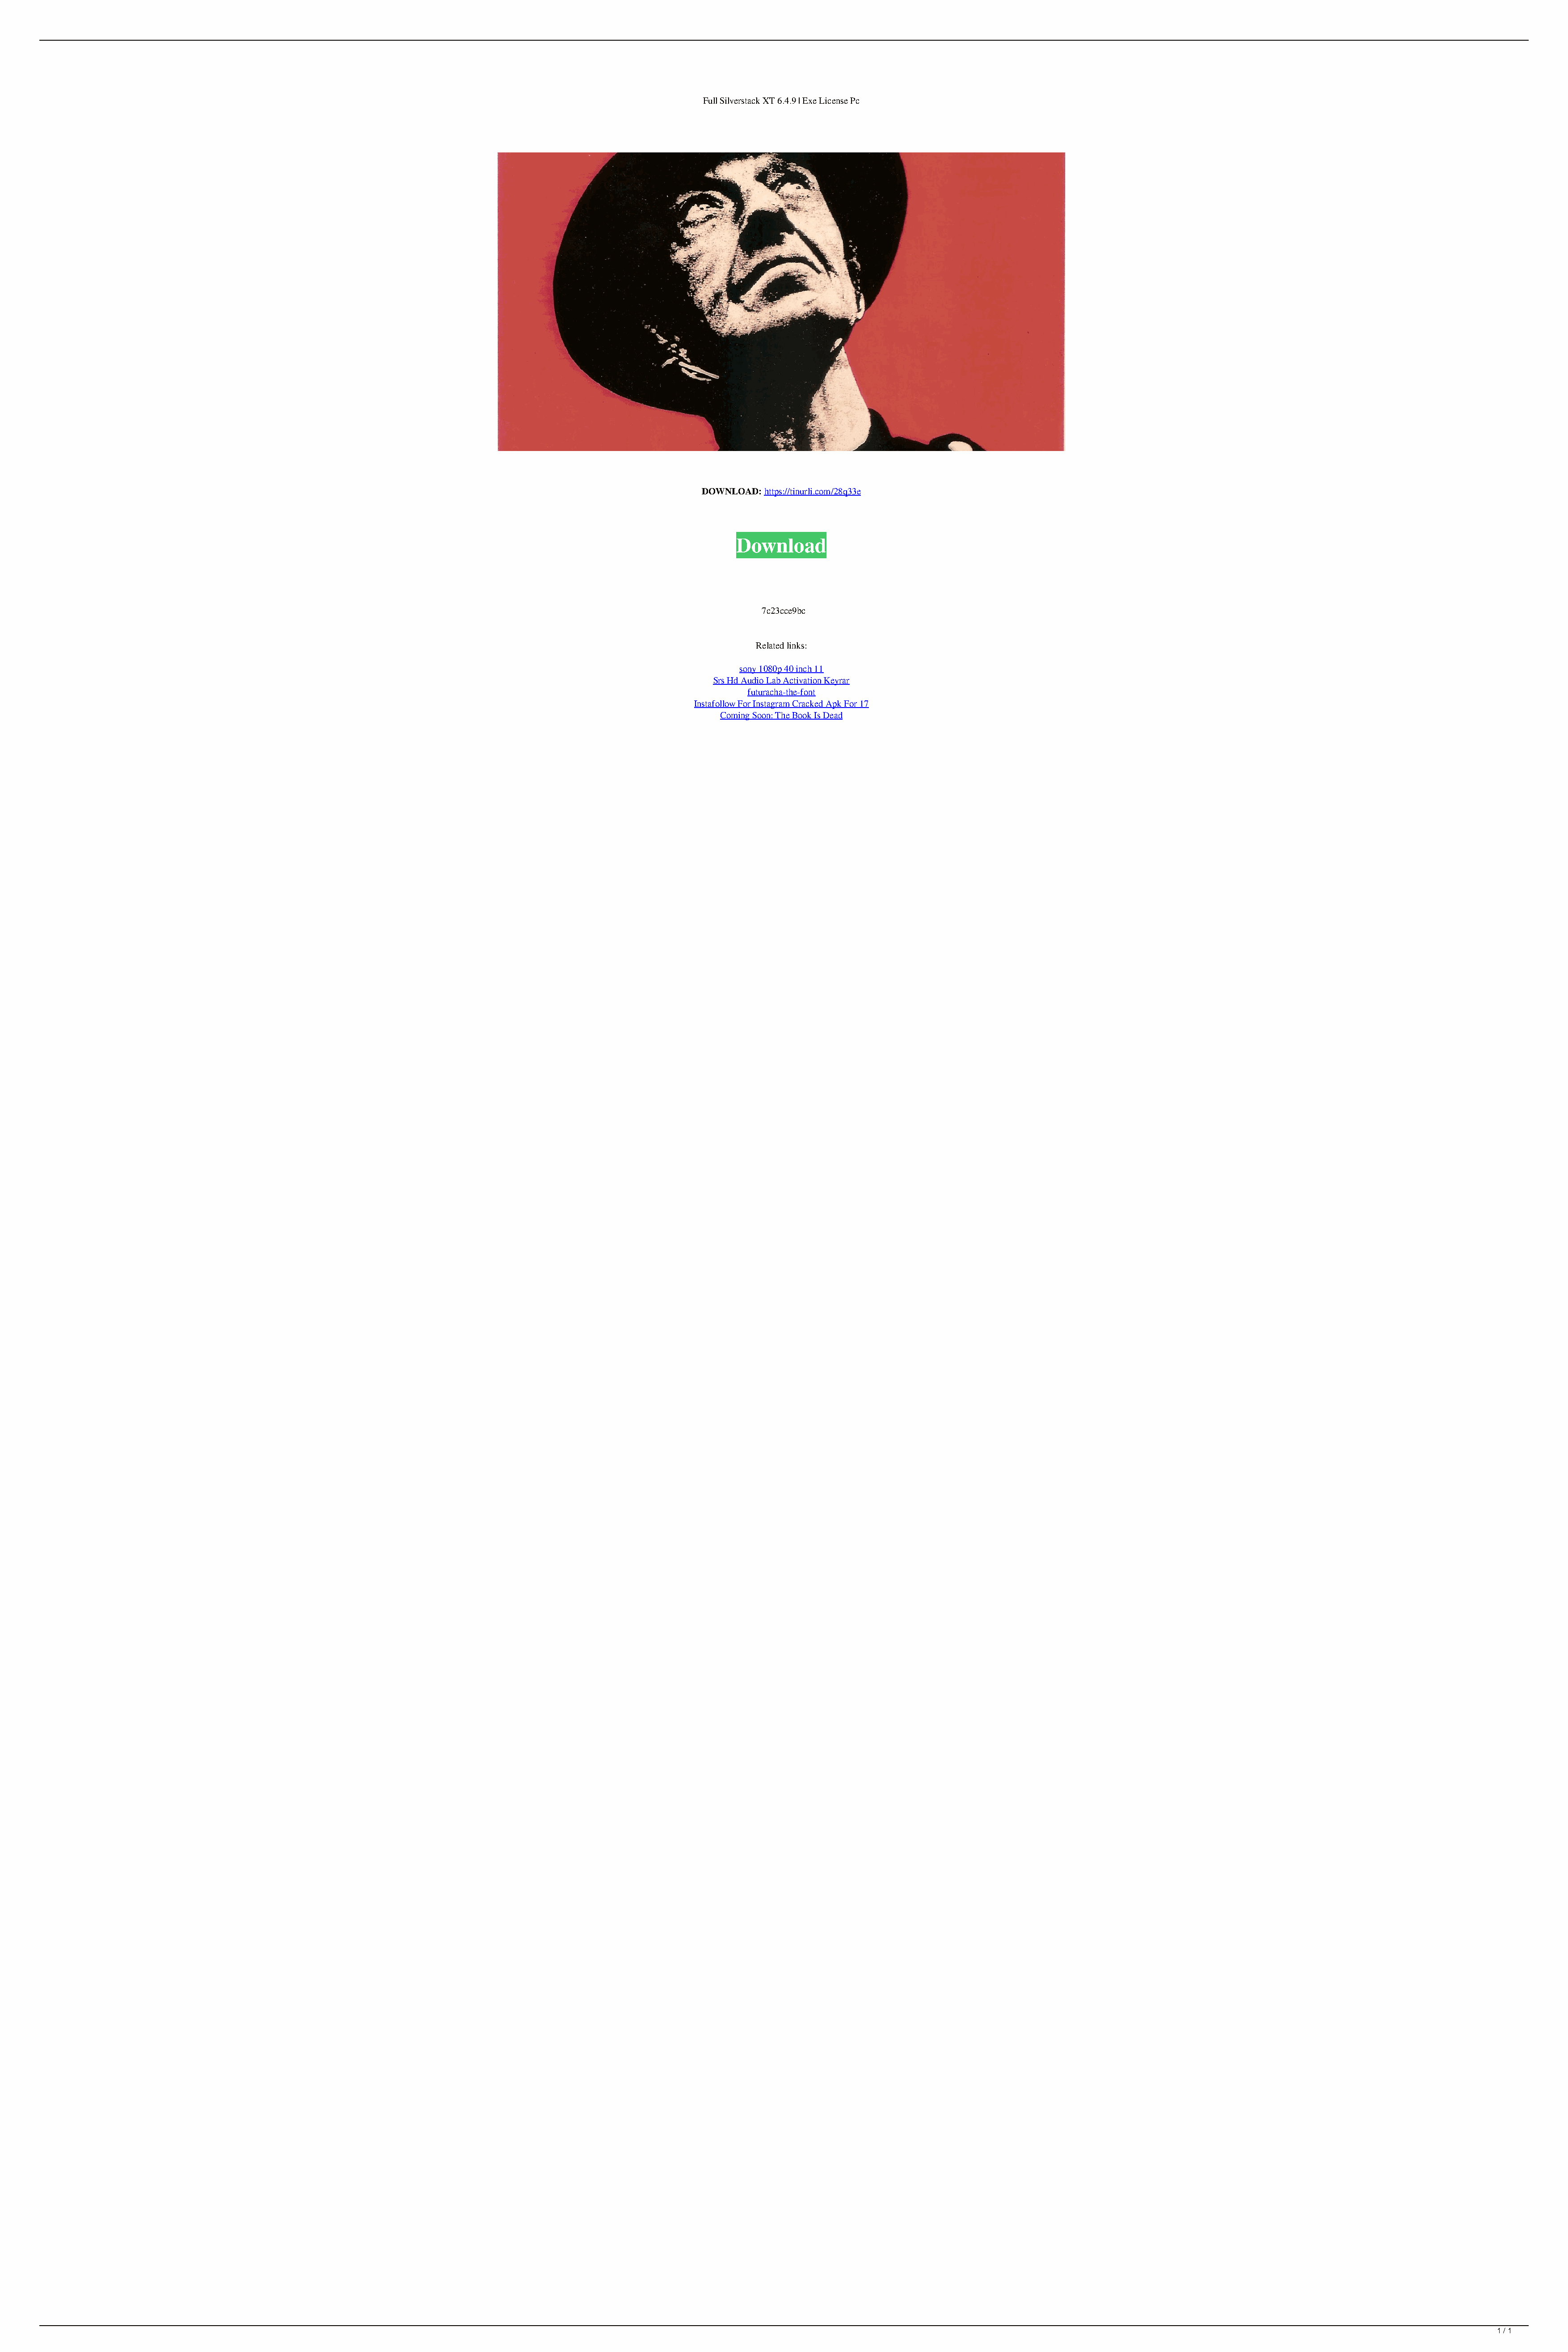
Full Silverstack XT 6.4.9 | Exe License Pc
 DOWNLOAD: https://tinurli.com/28q33e
 Download
 7c23cce9bc
 Related links:
 sony 1080p 40 inch 11
 Srs Hd Audio Lab Activation Keyrar
 futuracha-the-font
 Instafollow For Instagram Cracked Apk For 17
 Coming Soon: The Book Is Dead
 1 / 1
 Silverstack XT 649